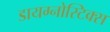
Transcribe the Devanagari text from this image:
डायग्नोस्टिक्स